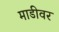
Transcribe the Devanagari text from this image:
माडीवर